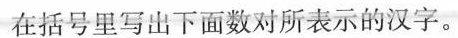
在括号里写出下面数对所表示的汉字。